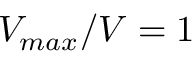
V _ { m a x } / V = 1